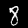
Label: 8